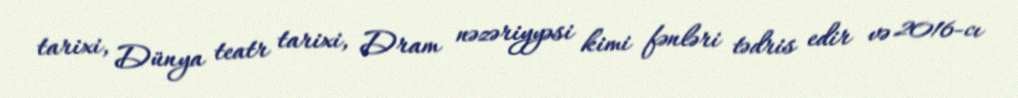
tarixi, Dünya teatr tarixi, Dram nəzəriyyəsi kimi fənləri tədris edir və 2016-cı